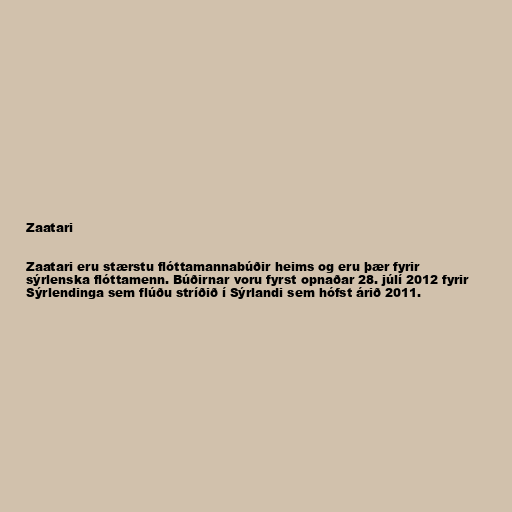
Zaatari

Zaatari eru stærstu flóttamannabúðir heims og eru þær fyrir
sýrlenska flóttamenn. Búðirnar voru fyrst opnaðar 28. júlí 2012 fyrir
Sýrlendinga sem flúðu stríðið í Sýrlandi sem hófst árið 2011.